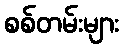
စစ်တမ်းများ